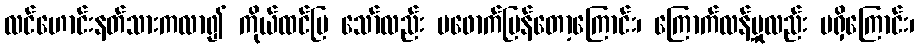
လင်ဟောင်းနတ်သားကလာ၍ ကိုယ်ထင်ပြ သော်လည်း မဖောက်ပြန်တော့ကြောင်း၊ ကြောက်လန့်မှုလည်း မရှိကြောင်း၊